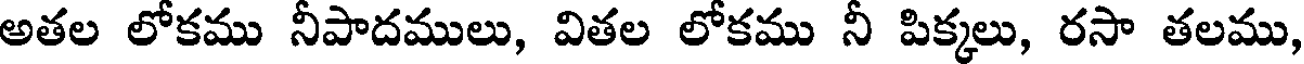
అతల లోకము నీపాదములు, వితల లోకము నీ పిక్కలు, రసా తలము,